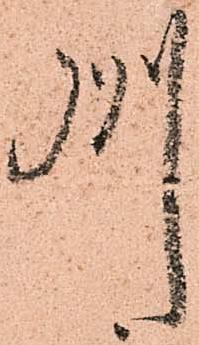
州